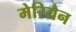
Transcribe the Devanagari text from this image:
मेरियैन